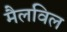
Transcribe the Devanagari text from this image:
मैलविल